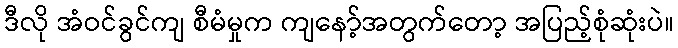
ဒီလို အံဝင်ခွင်ကျ စီမံမှုက ကျနော့်အတွက်တော့ အပြည့်စုံဆုံးပဲ။